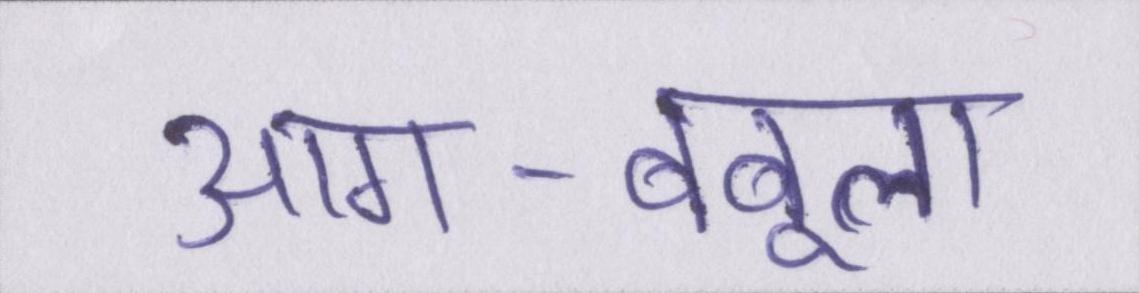
आग-बबूला